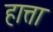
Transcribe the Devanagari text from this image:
हात्ता